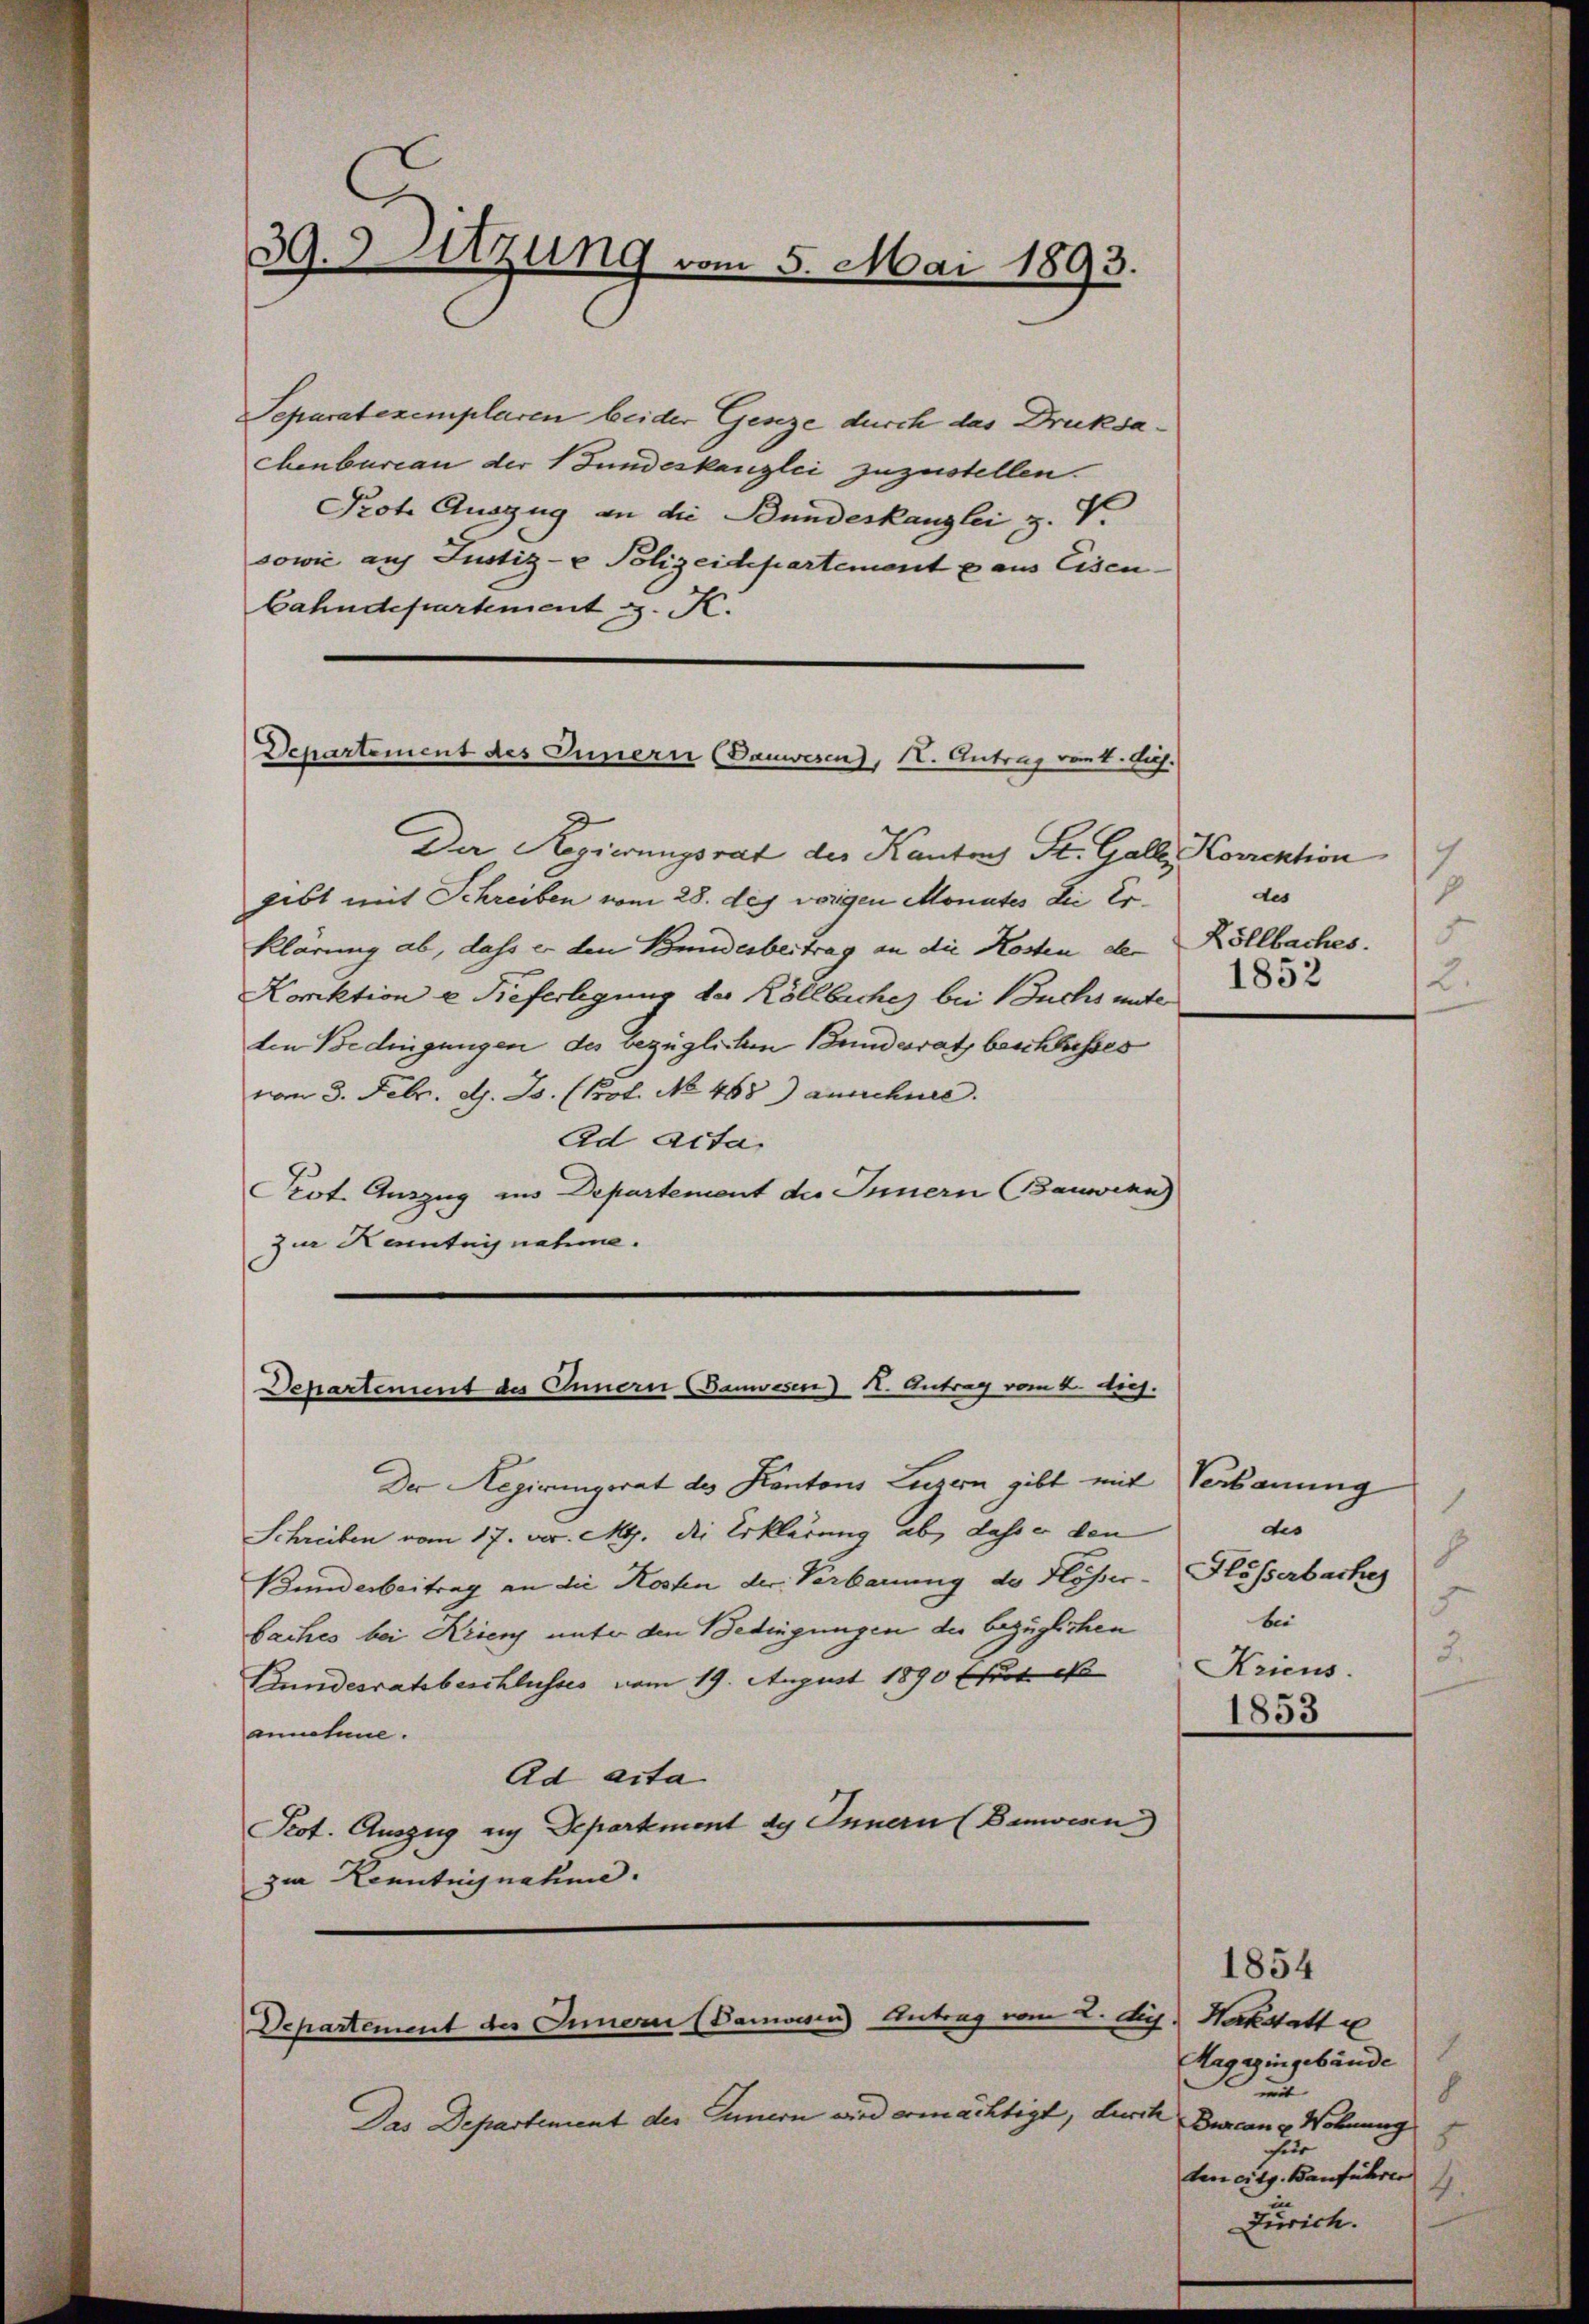
Separatexemplaren beider Genze durch das Druksachenbureau der Fundeskanzlei zuzustellen.
Prote Auszug an die Bundeskanzlei z. V.
sowie auf Justiz- & Polizeidepartemente aus Eisen.
bahndepartement J. K.

39.d Sitzung vom 5. Mai 1893.

Departement des Innern (Gauwesen), I. Antrag vom 1. huj.

Der Regierungsrat der Kantons St. Gall, Korrektion
gibt mit Schreiben vom 28. des vorigen Monates die Erklärung ab, dass er den Bundesbeitrag an die Kosten der
Korktion u Tieferlegung des Köllbuches bei Buchs unter
den Bedingungen des bezüglichen Bundesrath beschlusses
vom 3. Febr. d. Js. (Prot. No 468) ausschnee.
Ad Acta
Prot. Auszug ins Departement des Innern Bauwenn
zur Kenntagnahme.

Departement des Ennern (Banwesen) Kt. Antrag vom 2. diej

Der Regierungsrat des Kantons Luzern gibt mit Verbauung
Schreiben vom 17. v. M. die Erklärung ab, dass er den
Bunderbeitrag an die Kosten der Verbauung des Flösser-Flösserbache
baches bei Krien unter den Bedingungen der bezüglichen
Plundesratsbeschlusses vom 19. August 1890 Efert
annehme.
Ad acta
Prot. Auszug an Departement des Innern (Banwesen
zur Kenntnisnahme.

Departement des Innern (Danwesen Antrag vom 2. des Herkstatt u

Das Departement der Innern wird ermächtigt, durch

7
p
des
d
Köllbaches.
1852
2.

1.
des
b
d
bei
2.
Kricus.
1853

1854
J.
Ragazingebäude
u
b
Burcane Wohnung
5
für
den cit. Bauführen
4
in
Zürich.